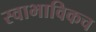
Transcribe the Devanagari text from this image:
स्‍वाभाविकच